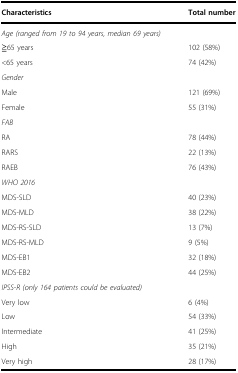
| Characteristics | Total number |
 | --- | --- |
 | <COLSPAN=2> Age (ranged from 19 to 94 years, median 69 years) |
 | ≧65 years | 102 (58%) |
 | <65 years | 74 (42%) |
 | <COLSPAN=2> Gender |
 | Male | 121 (69%) |
 | Female | 55 (31%) |
 | <COLSPAN=2> FAB |
 | RA | 78 (44%) |
 | RARS | 22 (13%) |
 | RAEB | 76 (43%) |
 | <COLSPAN=2> WHO 2016 |
 | MDS-SLD | 40 (23%) |
 | MDS-MLD | 38 (22%) |
 | MDS-RS-SLD | 13 (7%) |
 | MDS-RS-MLD | 9 (5%) |
 | MDS-EB1 | 32 (18%) |
 | MDS-EB2 | 44 (25%) |
 | <COLSPAN=2> IPSS-R (only 164 patients could be evaluated) |
 | Very low | 6 (4%) |
 | Low | 54 (33%) |
 | Intermediate | 41 (25%) |
 | High | 35 (21%) |
 | Very high | 28 (17%) |